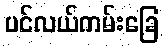
ပင်လယ်ကမ်းခြေ